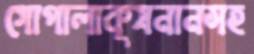
গোপালাকৃষনানসহ